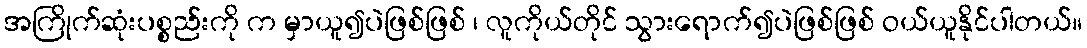
အကြိုက်ဆုံးပစ္စည်းကို က မှာယူ၍ပဲဖြစ်ဖြစ် ၊ လူကိုယ်တိုင် သွားရောက်၍ပဲဖြစ်ဖြစ် ဝယ်ယူနိုင်ပါတယ်။